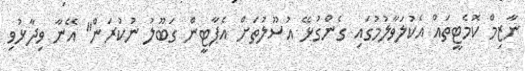
ނާޒިމް ކޮމެޓީތައް އެކުލަވާލުމުގައި ގެންގުޅޭ އުސޫލުތަށް އެޕާޓީން ގަބޫލު ނުކުރަން" އޭނާ ވިދާޅުވި